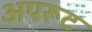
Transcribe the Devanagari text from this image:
अपरूट